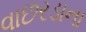
વાછરડાના